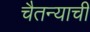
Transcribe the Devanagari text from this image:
चैतन्याची